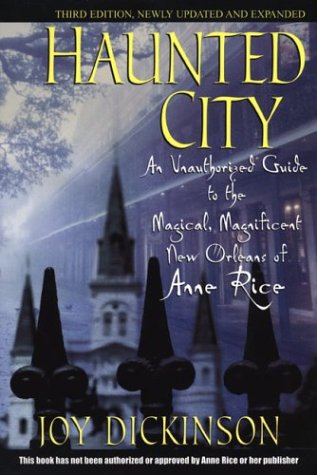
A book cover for Haunted City: An Unauthorized Guide to the Magical, Magnificent New Orleans of Anne Rice; Joy Dickinson; Travel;